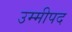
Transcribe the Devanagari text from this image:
उम्मीपद